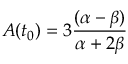
A ( t _ { 0 } ) = 3 \frac { ( \alpha - \beta ) } { \alpha + 2 \beta }